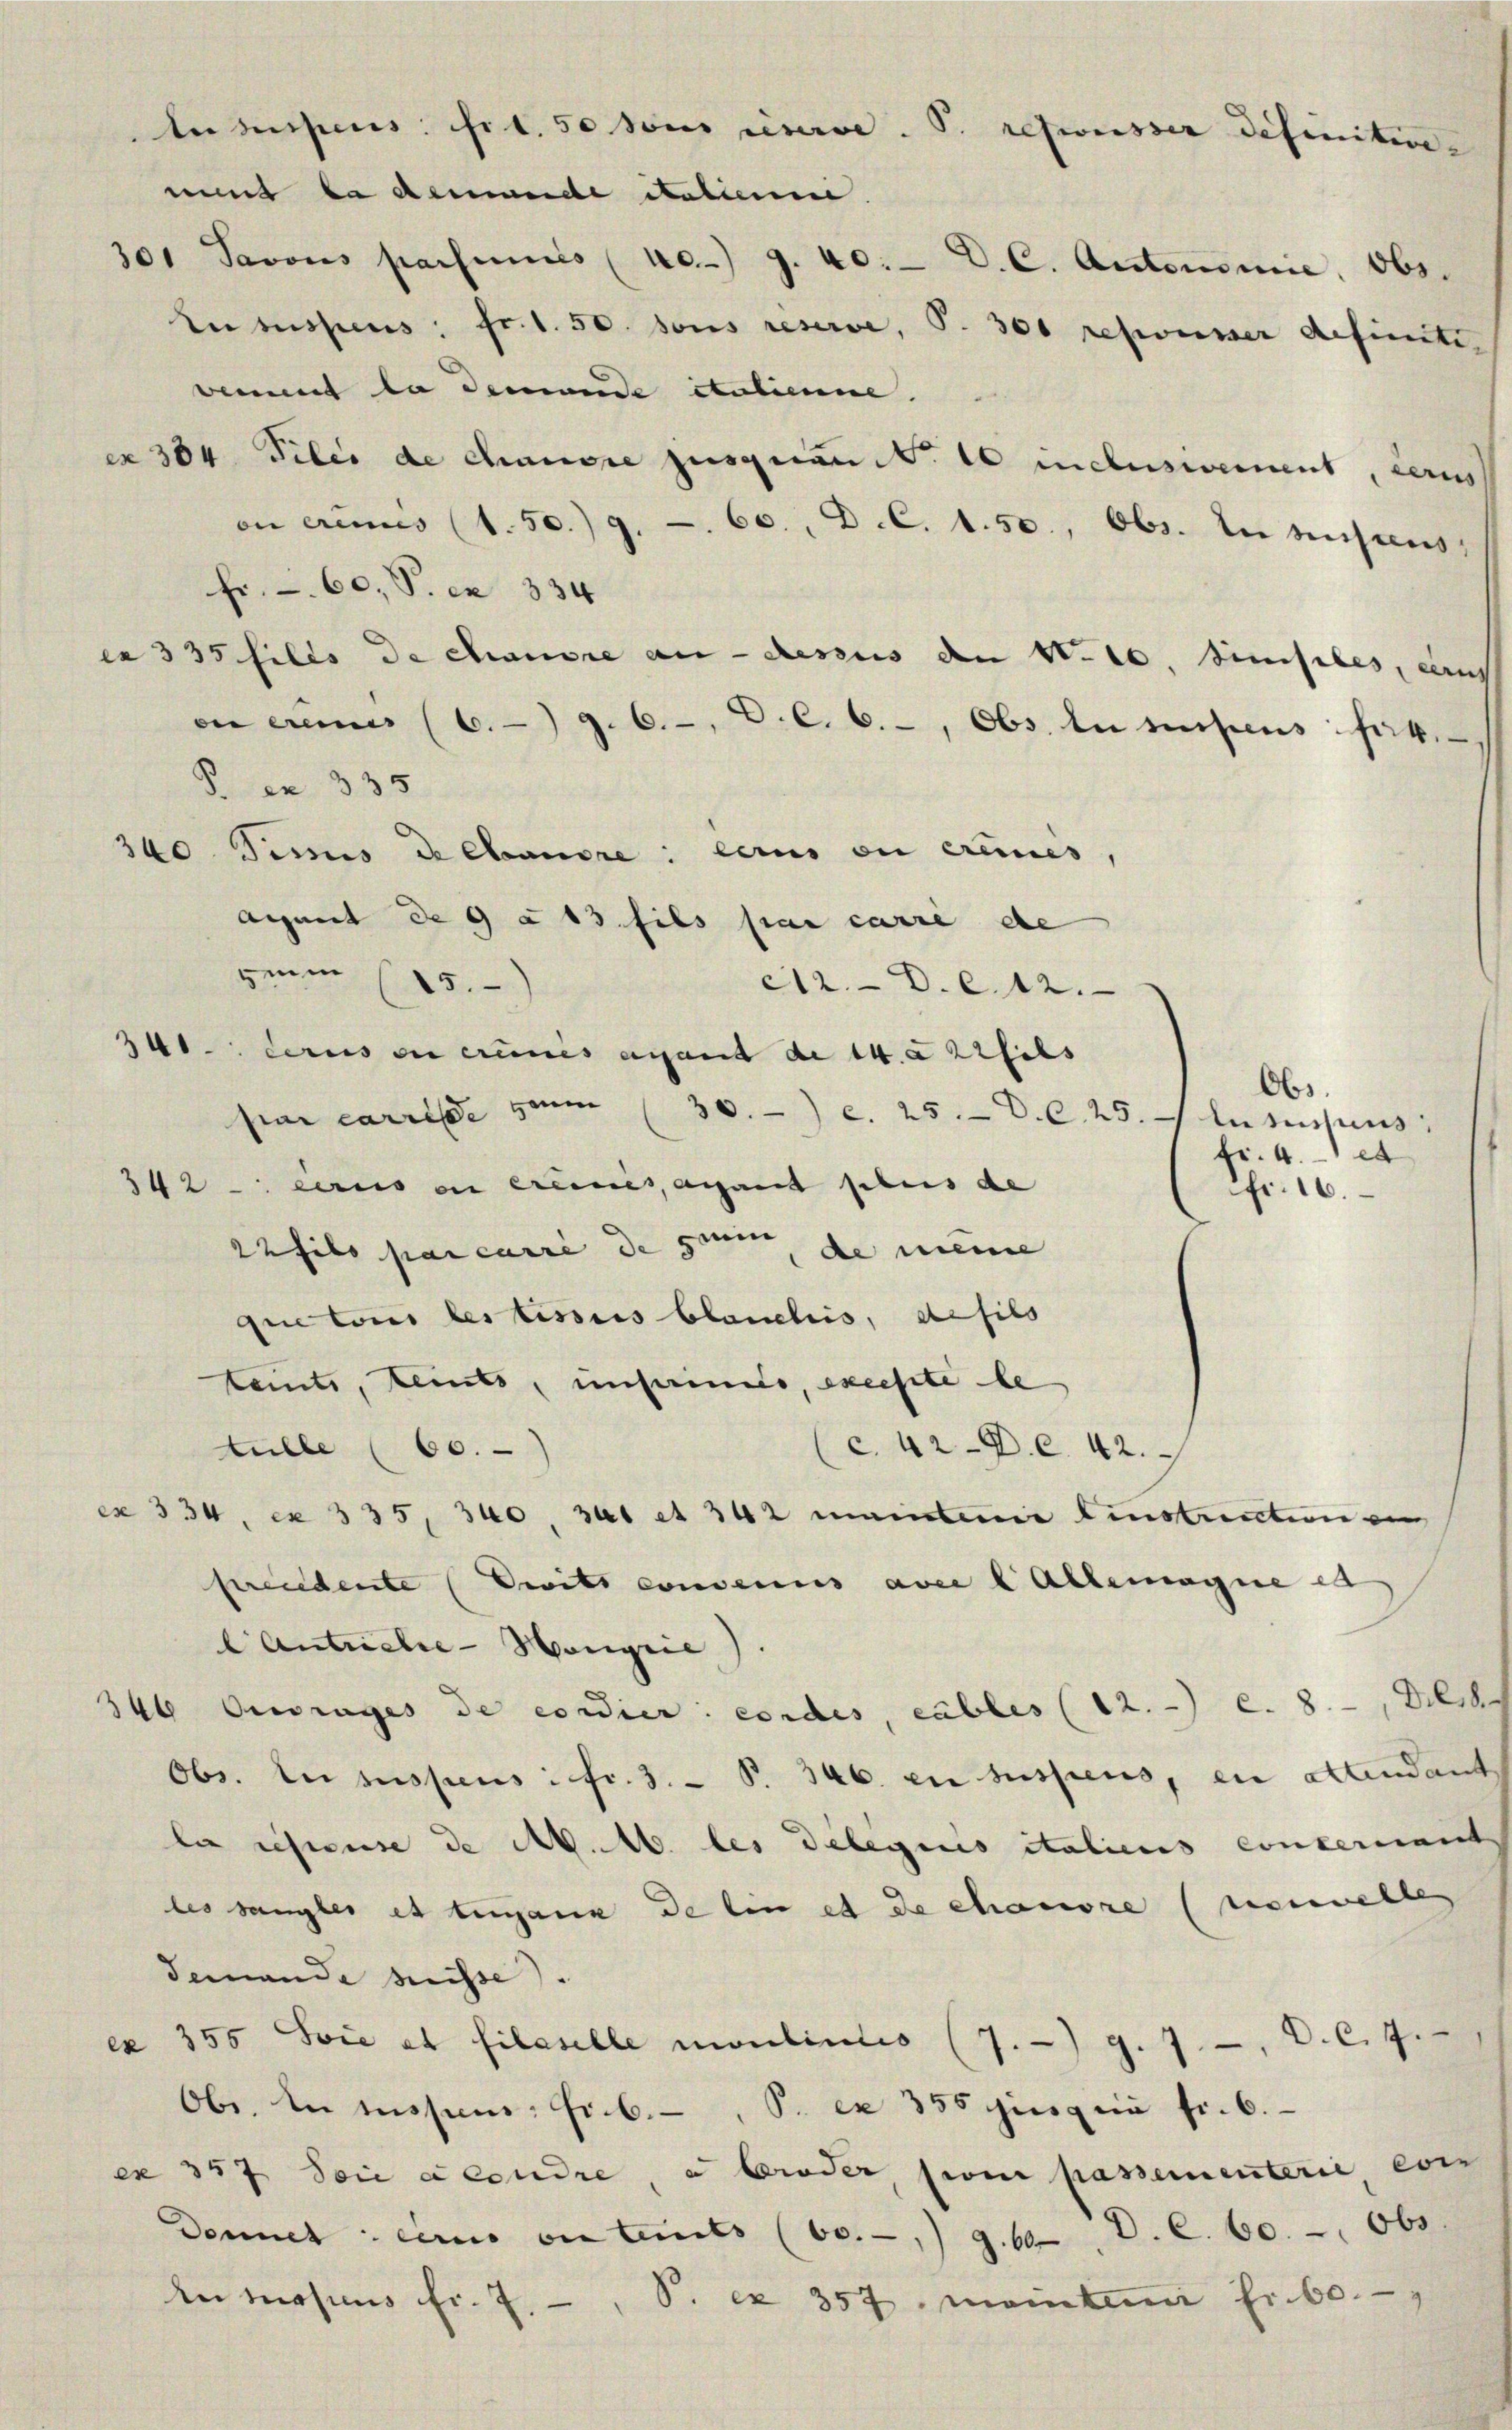
on erinnes (1. 50. 9. 60, D. C. 1.50., Obs. tenussens,
Fr. 60, P. ex 334
en erner (6. g. 6., C. c. 6., Obs, la suspens: fert.
S.en 335
340. Jesus de Canore: lerns en ereines,
Agent de 9 à 13 fils par carre de
mm (15.
c12.- D.c.12.
34
derus en crimis ausant de 14. a 22fils
par carrisse zum 30. c. 25. D. C. 25. In sussins:
342 circo en crimes, ayant plus de
22filo par carre de sie de meine
que tous les issus blauelis, defilo
teints, Keints, unsaimo, excepte le
tulle (60.)
c. 42. 42.
ex 334, ex 335, 340, hat et 342 maintenir einstruction ein
preidente Dritt convenus avec l Allemagne et
lAntuelre-Hongrie).
346 Ouvrages de condier cordes, cables (12. c. 8. Diese
Obs. In suspens: Fr. 3. P. 346. en suspens, ein altendant
la riseuse de M. M. les Delegiis italiens concernant
les sangles et tugane de lin et de chauvre (neuwelles
demande suisse).
155 Svie et filstelle montinuis (7.) g. 7, V. C. 7.
ex
Obe. In messen: Fr. 6., P. ex 355 ging ein fr. 6.
ex 357 Soie e condre, e bruder, sein passementerie con
Donnel circo in Leits (60.-, 9. 60 D. C. 60. - Obs
Anmosens fr. 7, S. ex 357. meintem fr. 60.

ter suspens: fit. 50 sous curie. P. refweisser definitive
mint da demande Salienme
301 Savous parsames (no. 9. 40. D. C. Autonomie, obs.
Lususpens: Fr. 1. 50. sous reserve, S. 300 reponier definiti

vemmt la demande italienne.

ex 304 Files de chanore jusquant. 10 inclusivement, erns

es 335 fills de chause an dessus den N. 10. Simples, auch

Obs.
fr. 4. et
fr. 16.